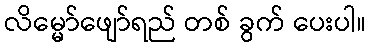
လိမ္မော်ဖျော်ရည် တစ် ခွက် ပေးပါ။